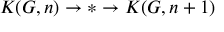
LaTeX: K ( G , n ) \to * \to K ( G , n + 1 )